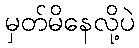
မှတ်မိနေလို့ပဲ